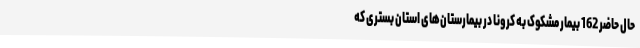
حال حاضر 162 بیمار مشکوک به کرونا در بیمارستان‌های استان بستری که